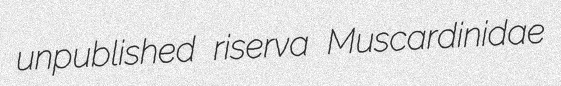
unpublished riserva Muscardinidae